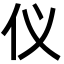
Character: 仪